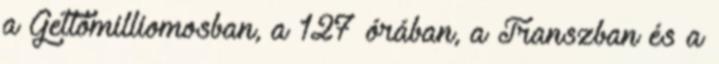
a Gettómilliomosban, a 127 órában, a Transzban és a